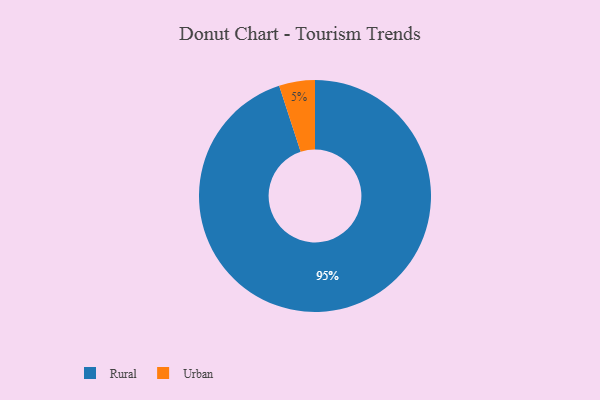
{"axis": {"x": "Category", "y": "Percentage"}, "legend": ["Rural", "Urban"], "data": [{"x": "Urban", "y": 5, "type": "Urban"}, {"x": "Rural", "y": 95, "type": "Rural"}]}